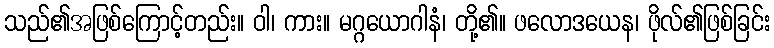
သည်၏အဖြစ်ကြောင့်တည်း။ ဝါ၊ ကား။ မဂ္ဂယောဂါနံ၊ တို့၏။ ဖလောဒယေန၊ ဖိုလ်၏ဖြစ်ခြင်း